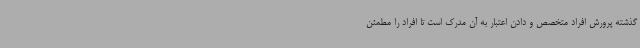
گذشته پرورش افراد متخصص و دادن اعتبار به آن مدرک است تا افراد را مطمئن